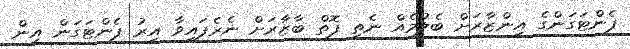
ޕެންޓަގަންގެ އިންޒާރަށް ބެލުމެއް ނެތި ފޮތް ބާޒާރަށް ނެރެފައިވާ އިރު ޕެންޓަގަން އިން